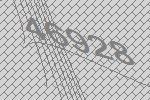
46928